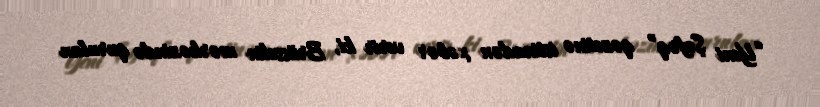
“Yeni Şəfəq” qəzetinə istinadən xəbər verir ki, Brüsselin mərkəzində qurulan